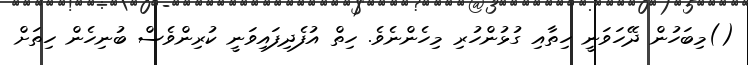
()މިބަހުން ދޭހަވަނީ ހިތާއި ގުޅުންހުރި މިހެންނެވެ. ހިތް އުފެދިފައިވަނީ ކުރިންވެސް ބުނިހެން ހިތަށް